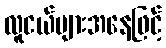
လူငယ်များအနေဖြင့်